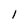
Character: l